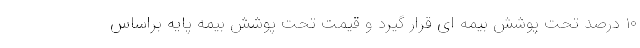
۱۰ درصد تحت پوشش بیمه ای قرار گیرد و قیمت تحت پوشش بیمه پایه براساس